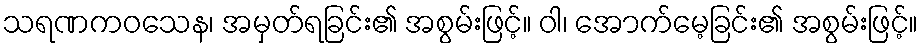
သရဏကဝသေန၊ အမှတ်ရခြင်း၏ အစွမ်းဖြင့်။ ဝါ၊ အောက်မေ့ခြင်း၏ အစွမ်းဖြင့်။